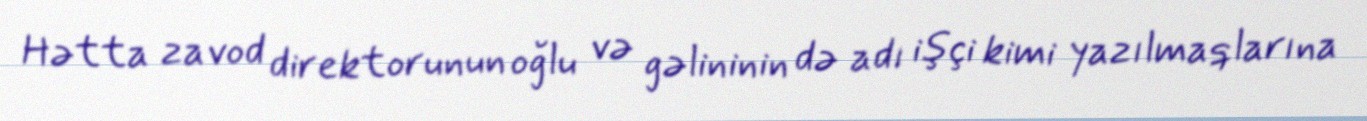
Hətta zavod direktorunun oğlu və gəlininin də adı işçi kimi yazılmaqlarına